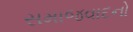
સમાજવાદનો